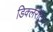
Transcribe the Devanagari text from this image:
डिक्लेरेटिव